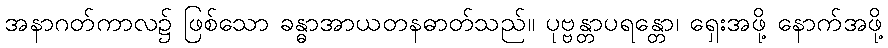
အနာဂတ်ကာလ၌ ဖြစ်သော ခန္ဓာအာယတနဓာတ်သည်။ ပုဗ္ဗန္တာပရန္တော၊ ရှေးအဖို့ နောက်အဖို့